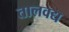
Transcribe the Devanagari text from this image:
तालवद्य